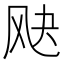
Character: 𬱷